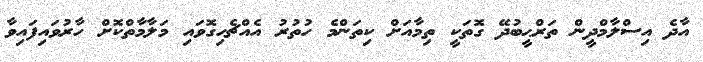
އާދެ އިސްލާމްދީން ތަރްޙީބުދޭ ގޮތަކީ ތިމާއަށް ކިތަންމެ ހުތުރު އެއްޗެހިގޮވައި މަލާމާތްކޮށް ހާރުވައިފައިވާ